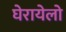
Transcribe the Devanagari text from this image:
घेरायेलो